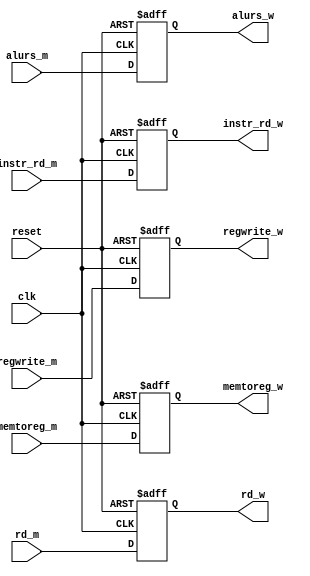
module MEMWB(
    clk,
    reset,
    regwrite_m,
    memtoreg_m,
    alurs_m,
    rd_m,
    instr_rd_m,
    regwrite_w,
    memtoreg_w,
    alurs_w,
    rd_w,
    instr_rd_w
);

input clk;
input reset;
input regwrite_m;
input memtoreg_m;
input signed [31:0] alurs_m;
input signed [31:0] rd_m;
input [4:0] instr_rd_m;
output regwrite_w;
output memtoreg_w;
output signed [31:0] alurs_w;
output signed [31:0] rd_w;
output [4:0] instr_rd_w;

reg regwrite_w = 1'b0;
reg memtoreg_w = 1'b0;
reg signed [31:0] alurs_w = 32'd0;
reg signed [31:0] rd_w = 32'd0;
reg [4:0] instr_rd_w = 5'd0;

always @(posedge clk or negedge reset) begin
    if(~reset)
        begin
            regwrite_w <= 1'd0;
            memtoreg_w <= 1'd0;
            alurs_w <= 32'd0;
            rd_w <= 32'd0;
            instr_rd_w <= 5'd0;
        end
    else
        begin
            regwrite_w <= regwrite_m;
            memtoreg_w <= memtoreg_m;
            alurs_w <= alurs_m;
            rd_w <= rd_m;
            instr_rd_w <= instr_rd_m;
        end
end

endmodule